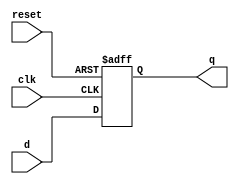
`timescale 1ns / 1ps
//////////////////////////////////////////////////////////////////////////////////
// Company: 
// Engineer: 
// 
// Design Name: 
// Module Name:    DFF 
// Project Name: 
// Target Devices: 
// Tool versions: 
// Description: 
//
// Dependencies: 
//
// Revision: 
// Revision 0.01 - File Created
// Additional Comments: 
//
//////////////////////////////////////////////////////////////////////////////////
module DFF(q,d,clk,reset);
output q;
input d,clk,reset;
reg q;
always@(posedge reset or negedge clk)
begin
if (reset)
	q=1'b0;
else
	q=d;
end

endmodule